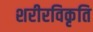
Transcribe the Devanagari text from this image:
शरीरविकृति